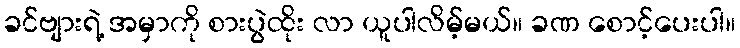
ခင်ဗျားရဲ့ အမှာကို စားပွဲထိုး လာ ယူပါလိမ့်မယ်။ ခဏ စောင့်ပေးပါ။